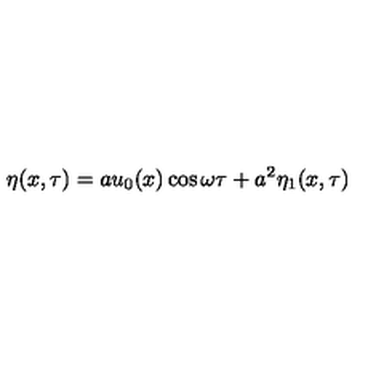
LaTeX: \eta ( x , \tau ) = a u _ { 0 } ( x ) \cos \omega \tau + a ^ { 2 } \eta _ { 1 } ( x , \tau )